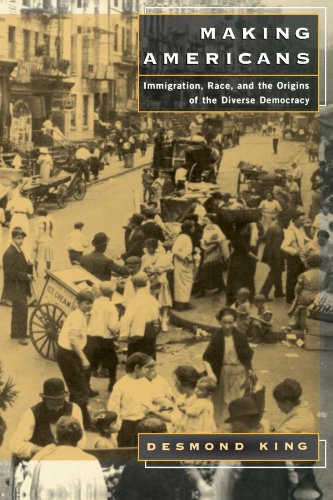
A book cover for Making Americans: Immigration, Race, and the Origins of the Diverse Democracy; Desmond King; History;